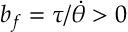
b _ { f } = \tau / \dot { \theta } > 0